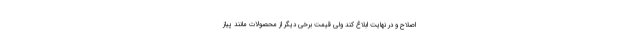
اصلاح و در نهایت ابلاغ کند ولی قیمت برخی دیگر از محصولات مانند پیاز